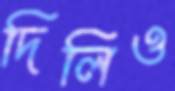
দিলিও